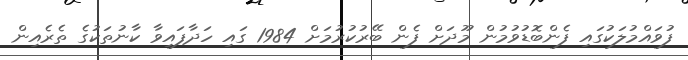
ފުވައްމުލަކުގައި ފެންބޮޑުވުމުން މޫދަށް ފެން ބޭރުކުރުމަށް 1984 ގައި ހަދާފައިވާ ކާނުތަކުގެ ތެރެއިން